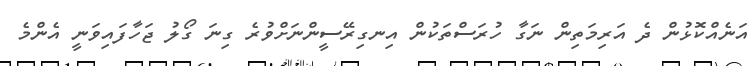
އަނެއްކޮޅުން ދެ އަރިމަތިން ނަގާ ހުރަސްތަކުން އިނގިރޭސީންނަށްވުރެ ގިނަ ގޯލު ޖަހާފައިވަނީ އެންމެ